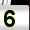
Digit: 5